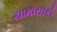
યામાસાકી